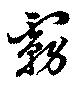
霧